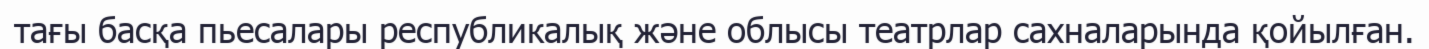
тағы басқа пьесалары республикалық және облысы театрлар сахналарында қойылған.